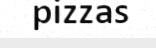
pizzas